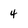
Character: 4